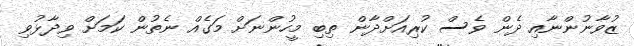
ޒުވާނުންނާއި ދެން ވެސް ކުރިއަށްދާން ތިބި މީހުންނަށް މަގެއް ނެތުން ކަމަށް ވިދާޅުވި